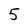
Character: 5